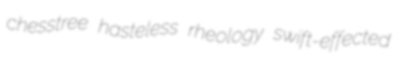
chesstree hasteless rheology swift-effected